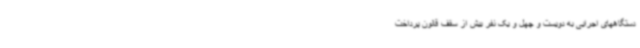
دستگاههای اجرایی به دویست و چهل و یک نفر بیش از سقف قانون پرداخت